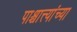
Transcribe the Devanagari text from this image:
पाश्चात्त्यांच्या